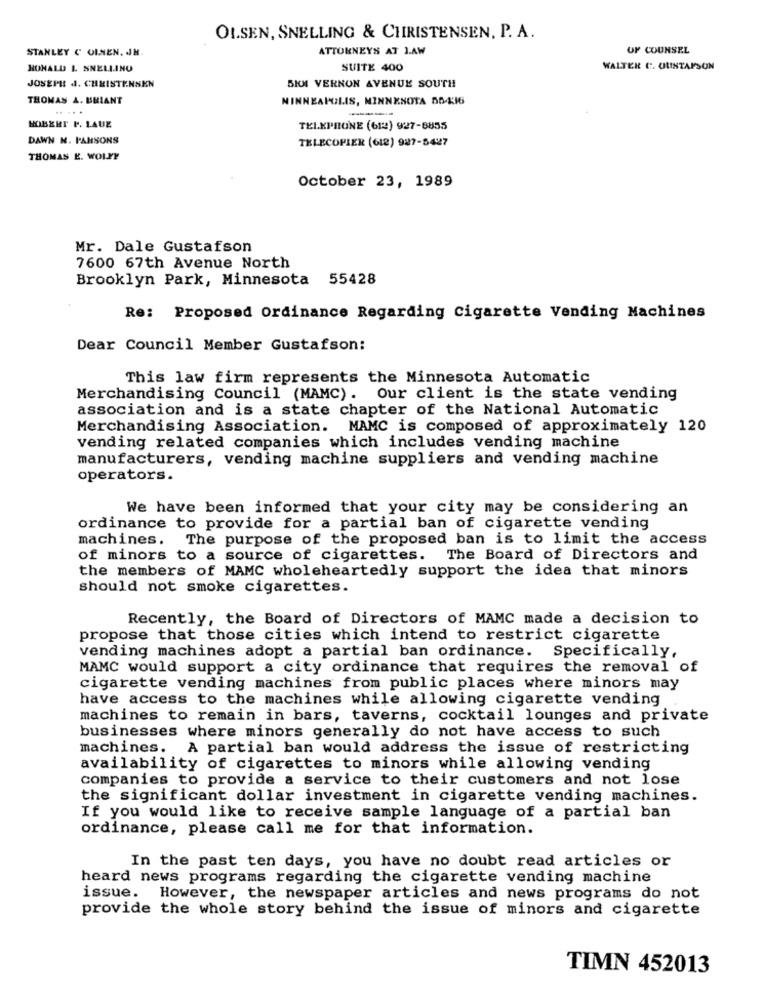
OLSEN, SNELLING & CHRISTENSEN, P. A.
STANLEY C UINEN. JJH.
ATTORNEYS AT J.AW
OF COUNSEL
RONALD L SNELLING
SUITE 400
WALTER C. GUSTAFSON
JOSEPH J. CHRISTENSEN
SIM VERNON AVENUE SOUTH
THOMAS A. URIANT
MINNEAPOLIS, MINNESOTA 50-16
.....
HOBERT P. LAUE
TELEPHONE (612) 927-8855
DAWN N. PANSONS
TELECOPIER (618) 927-5427
THOMAS E. WOLFF
October 23, 1989
Mr. Dale Gustafson
7600 67th Avenue North
Brooklyn Park, Minnesota 55428
Re: Proposed Ordinance Regarding Cigarette Vending Machines
Dear Council Member Gustafson:
This law firm represents the Minnesota Automatic
Merchandising Council (MAMC). Our client is the state vending
association and is a state chapter of the National Automatic
Merchandising Association. MAMC is composed of approximately 120
vending related companies which includes vending machine
manufacturers, vending machine suppliers and vending machine
operators.
We have been informed that your city may be considering an
ordinance to provide for a partial ban of cigarette vending
machines.
The purpose of the proposed ban is to limit the access
of minors to a source of cigarettes.
The Board of Directors and
the members of MAMC wholeheartedly support the idea that minors
should not smoke cigarettes.
Recently, the Board of Directors of MAMC made a decision to
propose that those cities which intend to restrict cigarette
vending machines adopt a partial ban ordinance. Specifically,
MAMC would support a city ordinance that requires the removal of
cigarette vending machines from public places where minors may
have access to the machines while allowing cigarette vending
machines to remain in bars, taverns, cocktail lounges and private
businesses where minors generally do not have access to such
machines. A partial ban would address the issue of restricting
availability of cigarettes to minors while allowing vending
companies to provide a service to their customers and not lose
the significant dollar investment in cigarette vending machines.
If you would like to receive sample language of a partial ban
ordinance, please call me for that information.
In the past ten days, you have no doubt read articles or
heard news programs regarding the cigarette vending machine
issue.
However, the newspaper articles and news programs do not
provide the whole story behind the issue of minors and cigarette
TIMN 452013